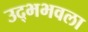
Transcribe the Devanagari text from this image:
उद्भभवला